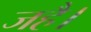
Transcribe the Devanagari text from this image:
जहै।